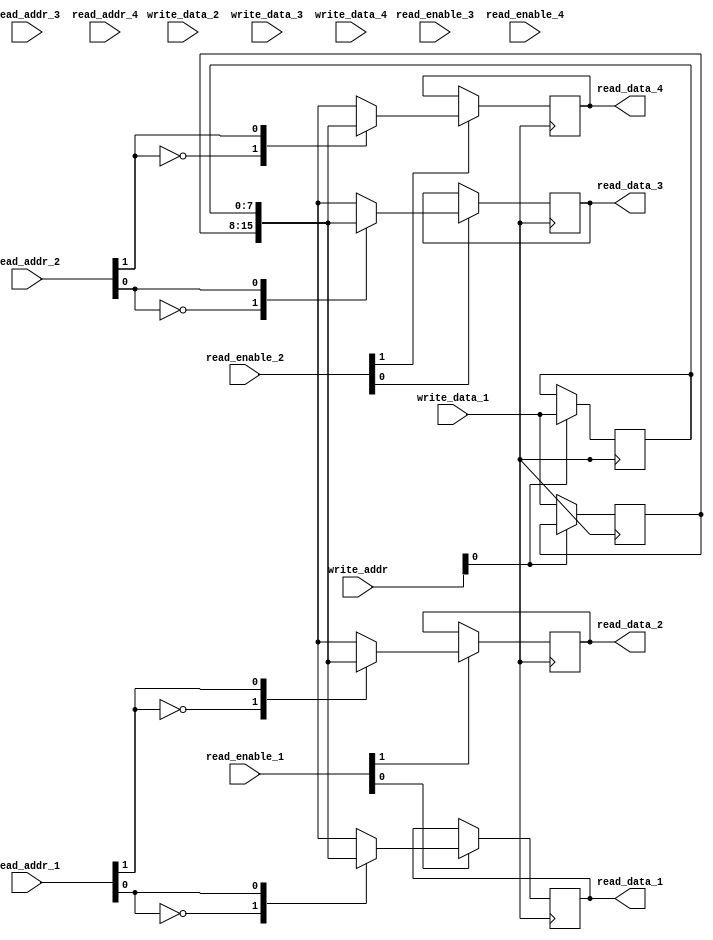
module quad_port_register_file (
  input [7:0] write_data_1,
  input [7:0] write_data_2,
  input [7:0] write_data_3,
  input [7:0] write_data_4,
  input [1:0] write_addr,
  input [1:0] read_addr_1,
  input [1:0] read_addr_2,
  input [1:0] read_addr_3,
  input [1:0] read_addr_4,
  input [1:0] read_enable_1,
  input [1:0] read_enable_2,
  input [1:0] read_enable_3,
  input [1:0] read_enable_4,
  output reg [7:0] read_data_1,
  output reg [7:0] read_data_2,
  output reg [7:0] read_data_3,
  output reg [7:0] read_data_4
);

reg [7:0] mem [3:0];

always @ (posedge clk) begin
  if (write_addr[0] == 0)
    mem[0] <= write_data_1;
  else
    mem[1] <= write_data_1;

  if (write_addr[1] == 0)
    mem[2] <= write_data_2;
  else
    mem[3] <= write_data_2;
end

always @ (posedge clk) begin
  if (read_enable_1[0])
    read_data_1 <= mem[read_addr_1[0]];
  if (read_enable_1[1])
    read_data_2 <= mem[read_addr_1[1]];
  if (read_enable_2[0])
    read_data_3 <= mem[read_addr_2[0]];
  if (read_enable_2[1])
    read_data_4 <= mem[read_addr_2[1]];
end

endmodule